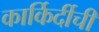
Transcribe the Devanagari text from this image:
कार्किर्दीची